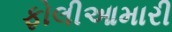
ફોલીઆમારી